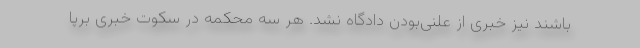
باشند نیز خبری از علنی‌بودن دادگاه نشد. هر سه محکمه در سکوت خبری برپا